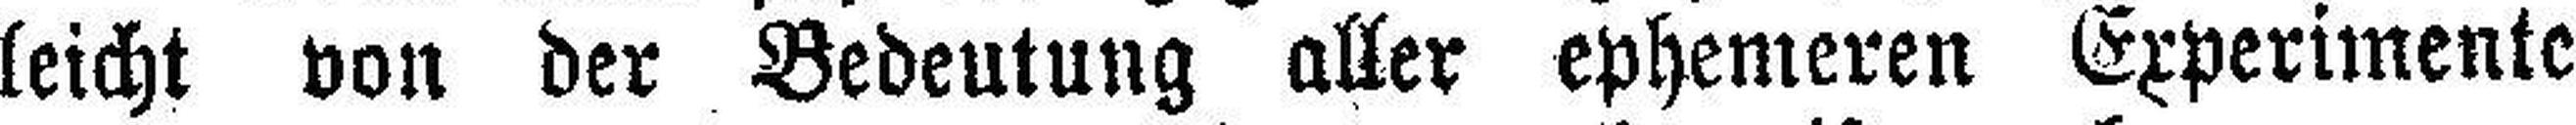
leicht von der Bedeutung aller ephemeren Experimente